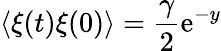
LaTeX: \langle\xi(t)\xi(0)\rangle={\frac{\gamma}{2}}\mathrm{e}^{-y}